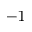
^ { - 1 }